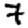
Digit: 7